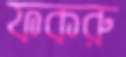
ফকরু